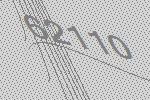
62110